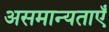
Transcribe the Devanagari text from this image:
असमान्यताएँ